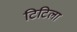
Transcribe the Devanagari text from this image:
टिटिला